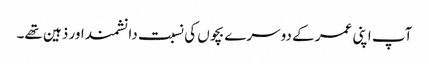
آپ اپنی عمر کے دوسرے بچوں کی نسبت دانشمند اور ذہین تھے۔